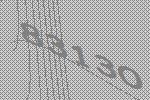
83130